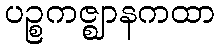
ပဉ္စကဇ္ဈာနကထာ